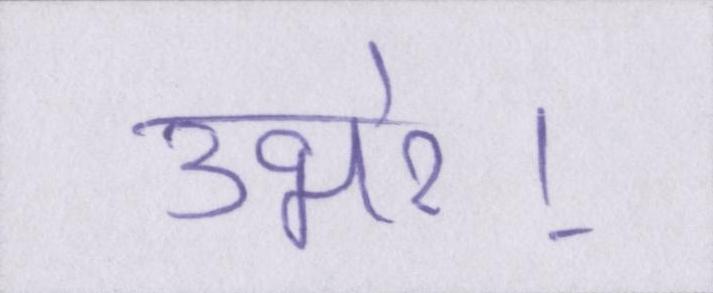
उभरे।